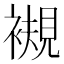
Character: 𧜴